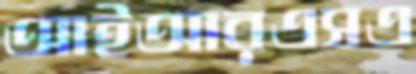
আইআরএসএ